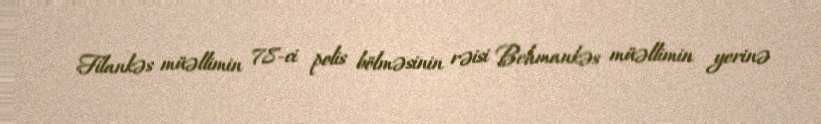
Filankəs müəllimin 78-ci polis bölməsinin rəisi Behmankəs müəllimin yerinə